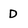
Character: D